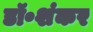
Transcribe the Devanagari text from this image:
डॉ॰शंकर